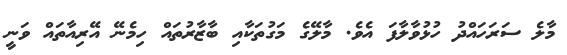
މާލެ ސަރަހައްދު ހުޅުވާލާފަ އެވެ. މާލޭގެ މަގުތަކާއި ބާޒާރުތައް ހިމެނޭ އޭރިއާތައް ވަނީ